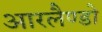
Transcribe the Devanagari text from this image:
आरलैण्डो